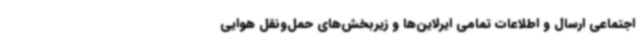
اجتماعی ارسال و اطلاعات تمامی ایرلاین‌ها و زیربخش‌های حمل‌ونقل هوایی